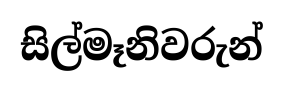
සිල්මෑනිවරුන්